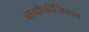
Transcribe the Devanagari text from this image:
बायोफीजिकल